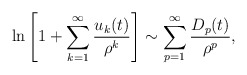
\begin{align*}\ln \left[1+\sum_{k=1}^{\infty}{u_{k}(t)\over \rho^{k}}\right] \sim \sum_{p=1}^{\infty}{D_{p}(t)\over \rho^{p}} ,\end{align*}